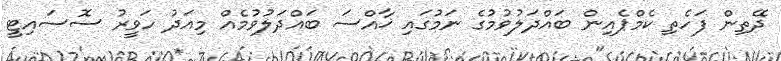
ދޭތިން ފަހެތި ކެމްޕެއިން ބައްދަލުވުމުގެ ނަމުގައި ޚާއްސަ ބައްދަލުވުމެއް މިއަދު ހަވީރު ސޮސައިޓީ